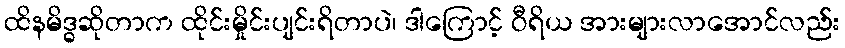
ထိနမိဒ္ဓဆိုတာက ထိုင်းမှိုင်းပျင်းရိတာပဲ၊ ဒါကြောင့် ဝီရိယ အားများလာအောင်လည်း